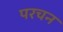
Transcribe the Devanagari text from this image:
परचन